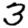
Digit: 3